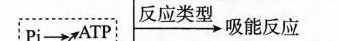
Pi \rightarrow ATP \xrightarrow{反应类型} 吸能反应